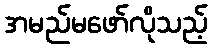
အမည်မဖော်လိုသည့်